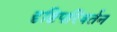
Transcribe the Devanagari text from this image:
दृष्टिपरिवर्तन